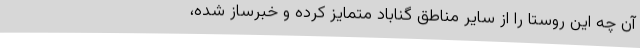
آن چه این روستا را از سایر مناطق گناباد متمایز کرده و خبرساز شده،